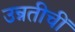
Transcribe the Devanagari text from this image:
उन्नतीचीं